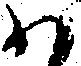
わ